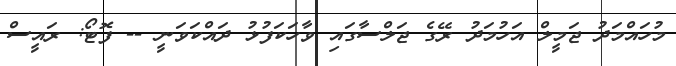
މުހައްމަދު ޖަމީލް އަހުމަދު ރޭގެ ޖަލްސާގައި ވާހަކަފުޅު ދައްކަވަނީ -- ފޮޓޯ: ރައީސް